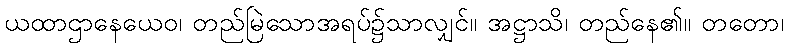
ယထာဌာနေယေဝ၊ တည်မြဲသောအရပ်၌သာလျှင်။ အဋ္ဌာသိ၊ တည်နေ၏။ တတော၊